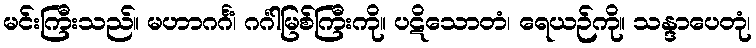
မင်းကြီးသည်။ မဟာဂင်္ဂံ၊ ဂင်္ဂါမြစ်ကြီးကို။ ပဋိသောတံ၊ ရေယဉ်ကို။ သန္ဒာပေတုံ၊